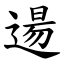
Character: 逿